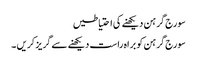
سورج گرہن دیکھنے کی احتیاطیں
سورج گرہن کو براہ راست دیکھنے سے گریز کریں ۔